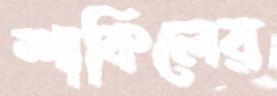
শাকিলের